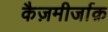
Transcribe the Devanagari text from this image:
कैज़मीर्जाक़